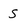
Character: S